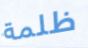
ظلمة